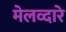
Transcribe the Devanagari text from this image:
मेलव्दारे